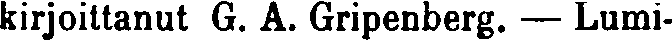
kirjoittanut G. A. Gripenberg. — Lumi-